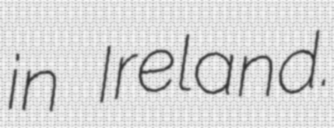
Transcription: in Ireland.